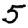
Digit: 5